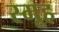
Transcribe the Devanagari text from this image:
स्मूह